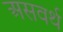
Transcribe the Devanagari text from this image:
असवर्थ